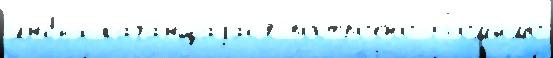
л'юбы́х кача́ющаjас'я постро́ено Пом'и́мо